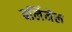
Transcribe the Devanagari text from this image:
बर्लिनेल